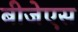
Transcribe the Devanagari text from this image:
बीजेएस